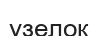
узелок